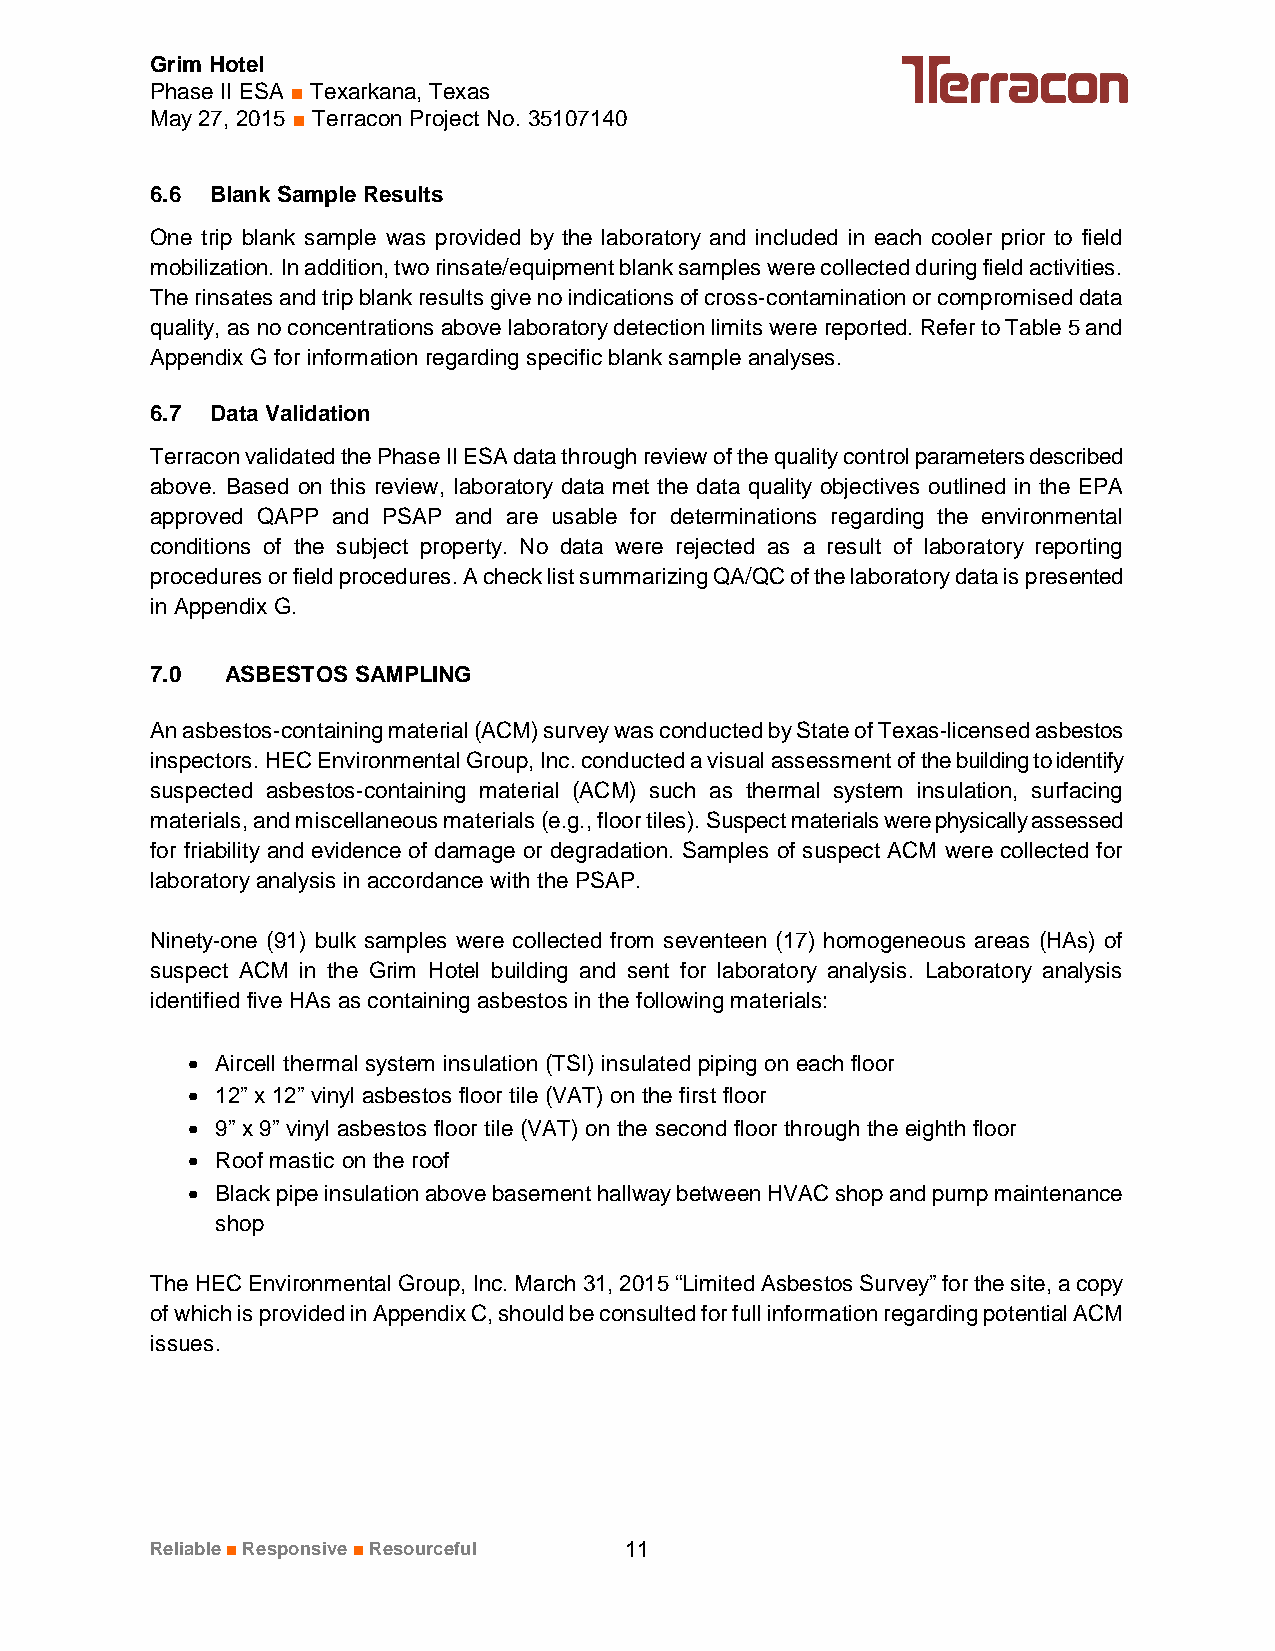
Grim Hotel
 Phase II ESA ■ Texarkana, Texas
 May 27, 2015 ■ Terracon Project No. 35107140
 6.6 Blank Sample Results
 One trip blank sample was provided by the laboratory and included in each cooler prior to field
 mobilization. In addition, two rinsate/equipment blank samples were collected during field activities.
 The rinsates and trip blank results give no indications of cross-contamination or compromised data
 quality, as no concentrations above laboratory detection limits were reported. Refer to Table 5 and
 Appendix G for information regarding specific blank sample analyses.
 6.7 Data Validation
 Terracon validated the Phase II ESA data through review of the quality control parameters described
 above. Based on this review, laboratory data met the data quality objectives outlined in the EPA
 approved QAPP and PSAP and are usable for determinations regarding the environmental
 conditions of the subject property. No data were rejected as a result of laboratory reporting
 procedures or field procedures. A check list summarizing QA/QC of the laboratory data is presented
 in Appendix G.
 7.0  ASBESTOS SAMPLING
 An asbestos-containing material (ACM) survey was conducted by State of Texas-licensed asbestos
 inspectors. HEC Environmental Group, Inc. conducted a visual assessment of the building to identify
 suspected asbestos-containing material (ACM) such as thermal system insulation, surfacing
 materials, and miscellaneous materials (e.g., floor tiles). Suspect materials were physically assessed
 for friability and evidence of damage or degradation. Samples of suspect ACM were collected for
 laboratory analysis in accordance with the PSAP.
 Ninety-one (91) bulk samples were collected from seventeen (17) homogeneous areas (HAs) of
 suspect ACM in the Grim Hotel building and sent for laboratory analysis. Laboratory analysis
 identified five HAs as containing asbestos in the following materials:
 · Aircell thermal system insulation (TSI) insulated piping on each floor
 · 12” x 12” vinyl asbestos floor tile (VAT) on the first floor
 · 9” x 9” vinyl asbestos floor tile (VAT) on the second floor through the eighth floor
 · Roof mastic on the roof
 · Black pipe insulation above basement hallway between HVAC shop and pump maintenance
 shop
 The HEC Environmental Group, Inc. March 31, 2015 “Limited Asbestos Survey” for the site, a copy
 of which is provided in Appendix C, should be consulted for full information regarding potential ACM
 issues.
 Reliable■Responsive■Resourceful 11